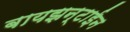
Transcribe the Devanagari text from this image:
बायझन्टाईन